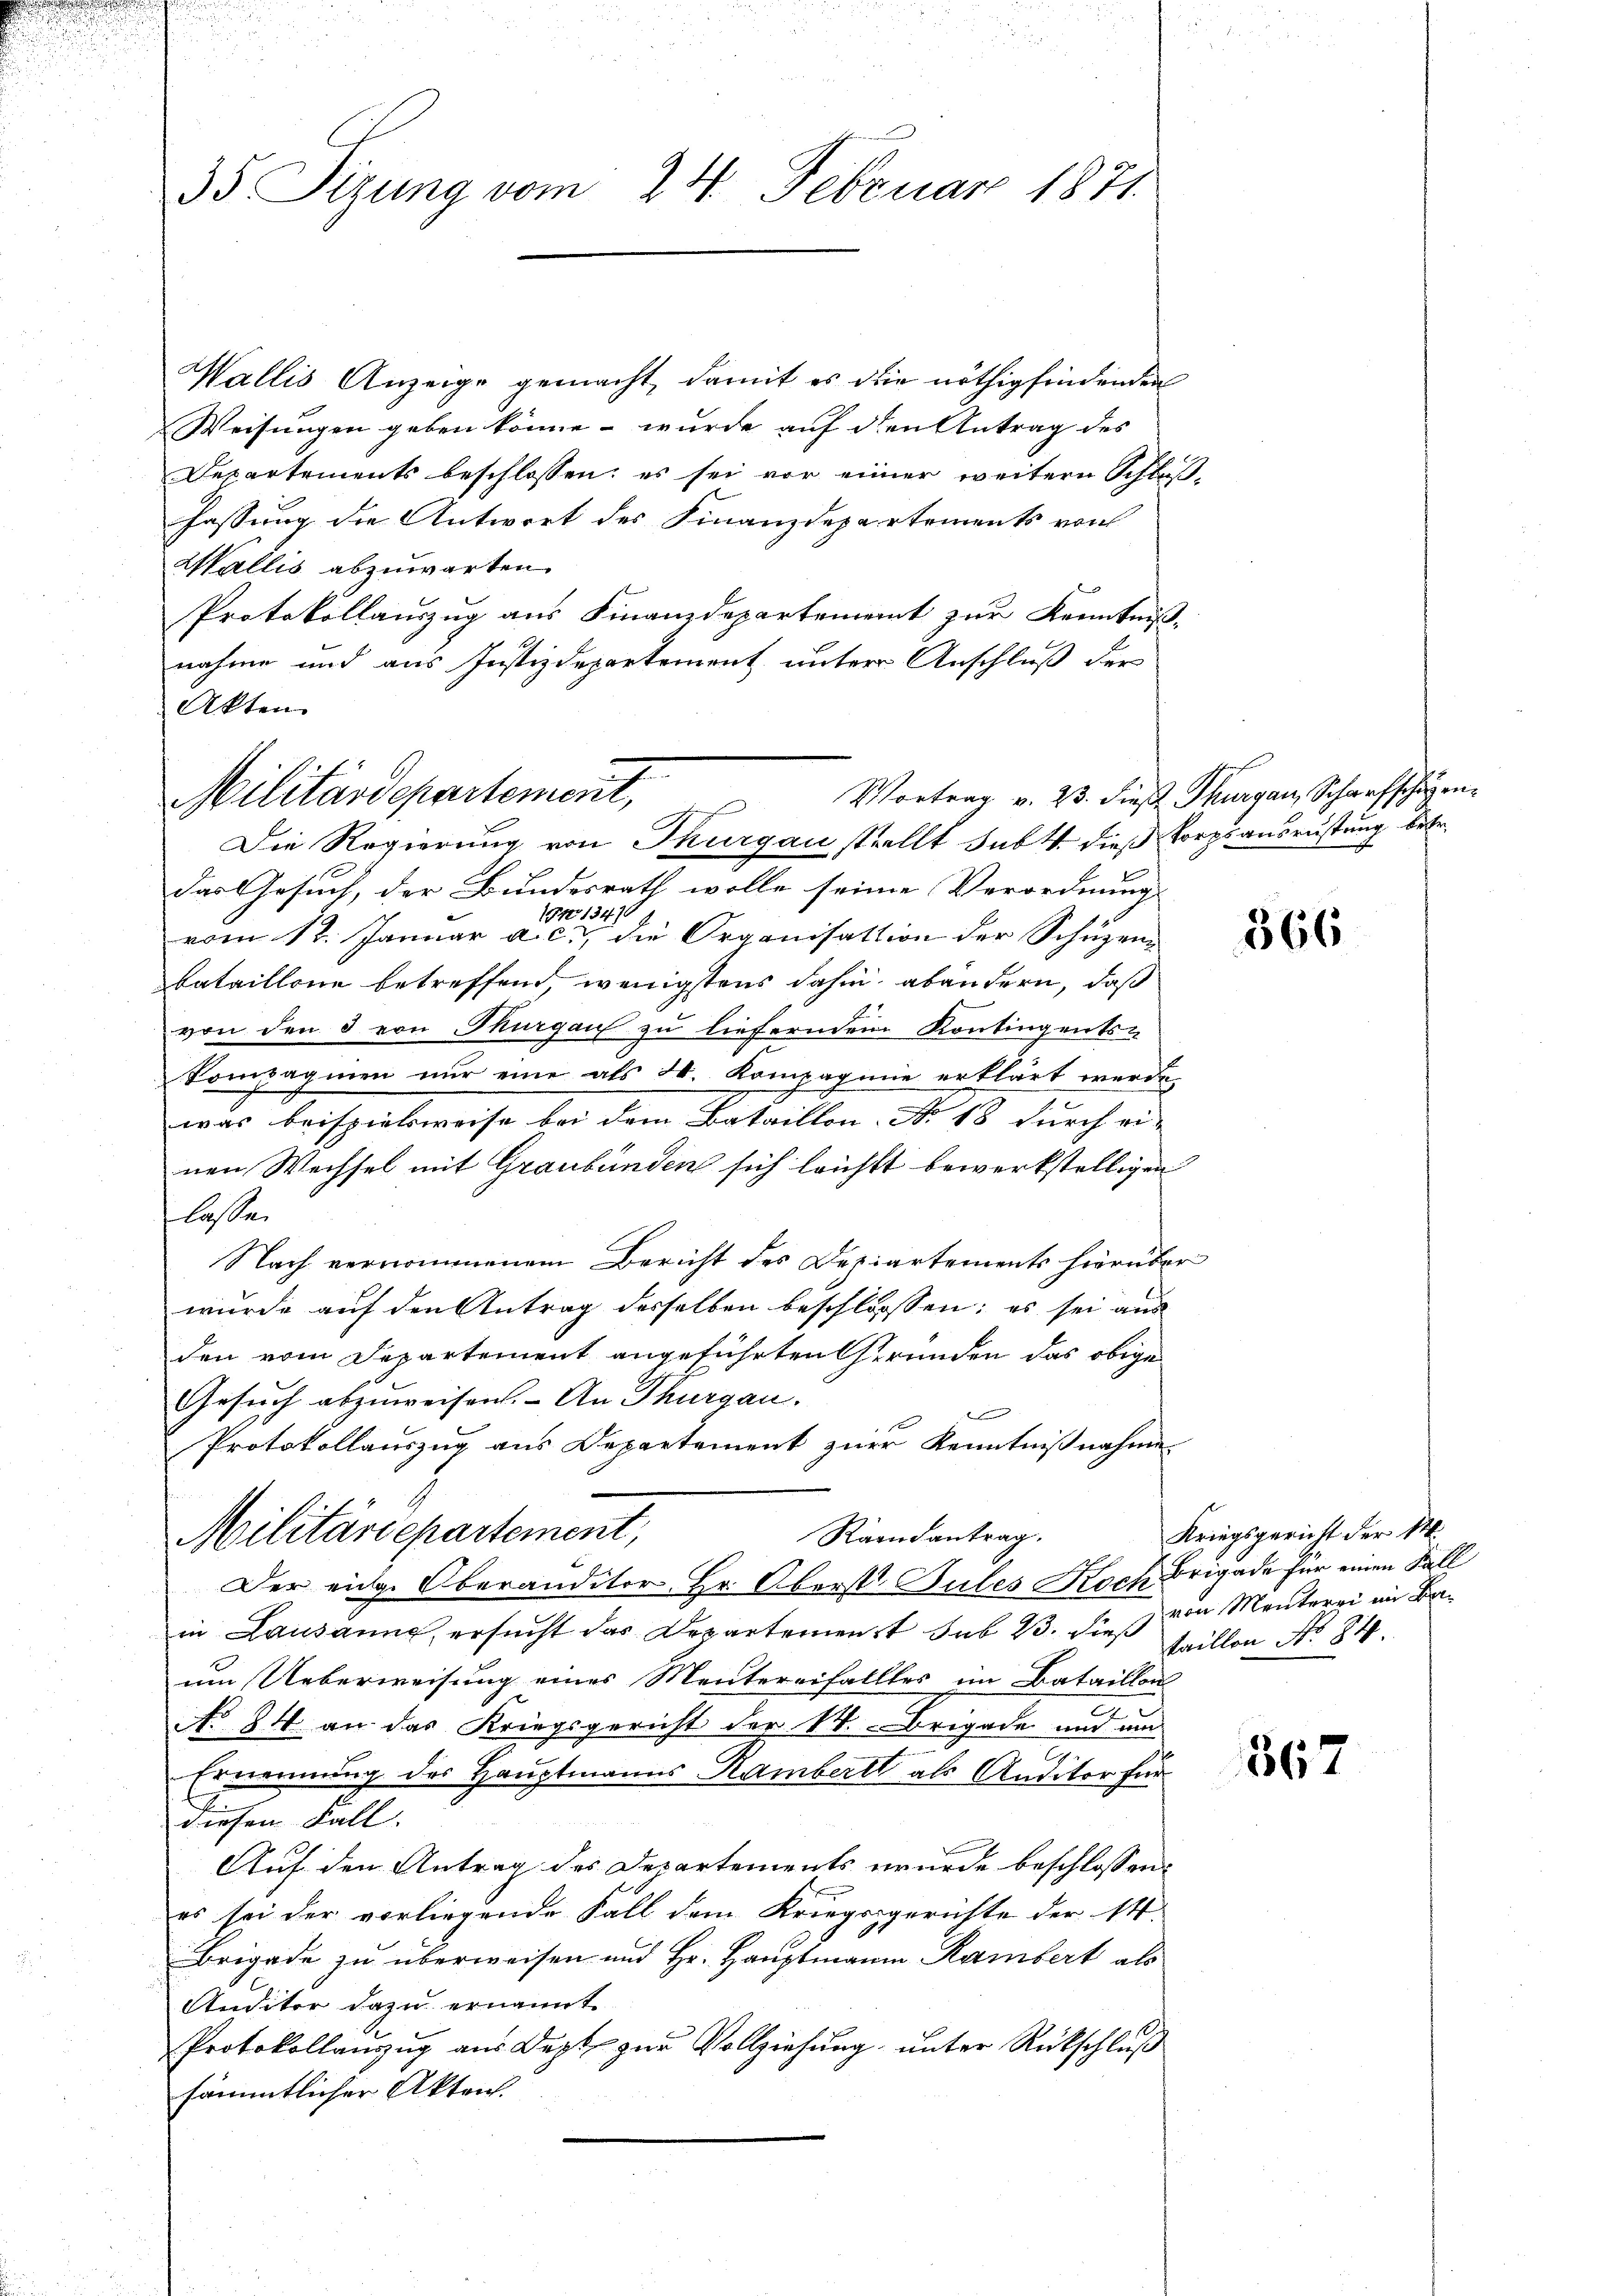
Wallis Anzeige gemacht, damit es die nöthig findenden
Weisungen geben könne – wurde auf den Antrag des
Departements beschlossen: es sei vor einer weitern Schluß-
fassung die Antwort des Finanzdepartements von
Wallis abzuwarten.
Protokollauszug aus Finanzdepartement zur Kenntniß
nahme und aus Justizdepartement unter Anschluß der
Akten.

35 Sizung vom 24. Februar 1871

Militärdepartement,
J
Die Regierung von Thurgau stellt subt dieß Korps ausrüstung betr.

das Gesuch, der Bundesrath wolle seine Verordnung |
h
FNo 134. 70
vom 12t. Januar a. c., die Organisation der Schüzen-
bataillone betreffend, wenigstens dahin abändern, daß
von den 3 von Thurgau zu lieferndem Kontingents-
kompagnien nur eine als 2. Kompagnie erklärt werde.
was beispielsweise bei dem Bataillon No 18 durch ein- |
nen Wechsel mit Graubünden sich leichst bewerkstelligen
lassen
Nach vernommenem Bericht des Departements hierüber
wurde auf den Antrag desselben beschlossen; es sei aus
den vom Departement angeführten Grunden das obige
Gesuch abzuweisen. - An Thurgau.
x
Protokollauszug aus Departement zur Kenntnißnahme
Militärdepartement,
Raandantrag.
Der eidg. Oberanditor Hr. Oberst Sules Koch Brigade für einen Fall
in Lausanne, ersucht das Departement sub 23. dieß seillen No. 84.
um Ueberweisung eines Mentereifalles im Bataillon
No 84 an das Kriegsgericht der 14. - Brigade und um
Ernennung des Hauptmanns Rambert als Auditor für
diesen Fall.
Auf den Antrag des Departements wurde beschlossen:
es sei der vorliegende Fall dem Kriegsgerichte der St.
Brigade zu überweisen und Hr. Hauptmann Rambert als
Anditor dazu ernannt.
Protokollanzug aus Dept zur Vollziehung unter Rückschluß
sämmtlicher Akten.

Vortrag v. 23. dieß Thurgau, Scharfschen¬

366

Kriegsgericht der M.
von Menterei im Ba¬

367